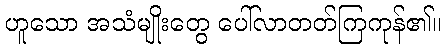
ဟူသော အသံမျိုးတွေ ပေါ်လာတတ်ကြကုန်၏။